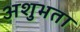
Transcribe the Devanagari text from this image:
अशुभता